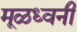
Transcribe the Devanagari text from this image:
मूळध्वनी